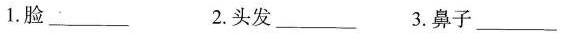
1.脸___ 2.头发___ 3.鼻子___